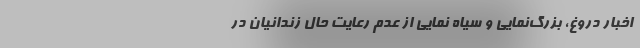
اخبار دروغ، بزرگ‌نمایی و سیاه نمایی از عدم رعایت حال زندانیان در